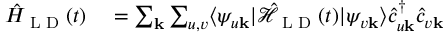
\begin{array} { r l } { \hat { H } _ { \textrm { L D } } ( t ) } & { { } = \sum _ { \mathbf { k } } \sum _ { u , v } \langle \psi _ { u \mathbf { k } } | \mathcal { \hat { H } } _ { \textrm { L D } } ( t ) | \psi _ { v \mathbf { k } } \rangle \hat { c } _ { u \mathbf { k } } ^ { \dagger } \hat { c } _ { v \mathbf { k } } } \end{array}